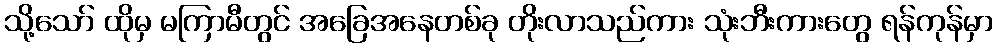
သို့သော် ထိုမှ မကြာမီတွင် အခြေအနေတစ်ခု တိုးလာသည်ကား သုံးဘီးကားတွေ ရန်ကုန်မှာ